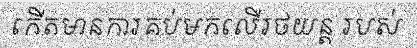
កើតមានការគប់មកលើរថយន្ត របស់